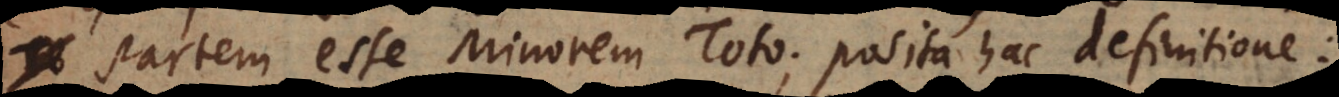
partem esse Minorem Toto; posita hac definitione: